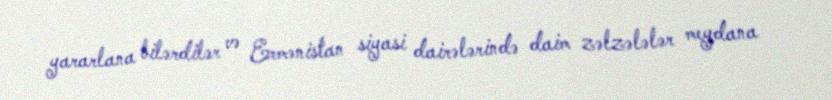
yararlana bilərdilər və Ermənistan siyasi dairələrində daim zəlzələlər meydana